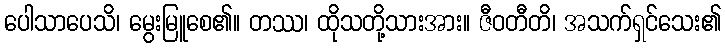
ပေါသာပေသိ၊ မွေးမြူစေ၏။ တဿ၊ ထိုသတို့သားအား။ ဇီဝတီတိ၊ အသက်ရှင်သေး၏